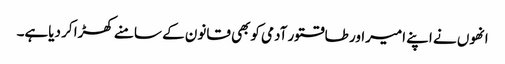
انھوں نے اپنے امیراور طاقتور آدمی کوبھی قانون کے سامنے کھڑا کر دیاہے۔